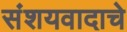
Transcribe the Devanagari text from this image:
संशयवादाचे